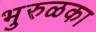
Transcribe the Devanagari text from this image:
भुरुळका